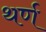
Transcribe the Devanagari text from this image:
थर्ण